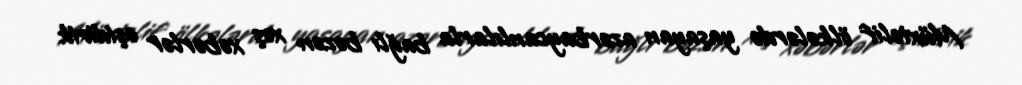
Müxtəlif ölkələrdə yaşayan azərbaycanlılarla bağlı bəzən xoş xəbərlər eşidirik